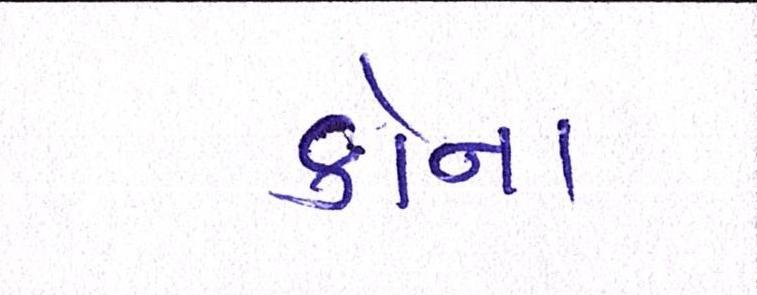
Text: કોના